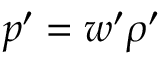
p ^ { \prime } = w ^ { \prime } \rho ^ { \prime }